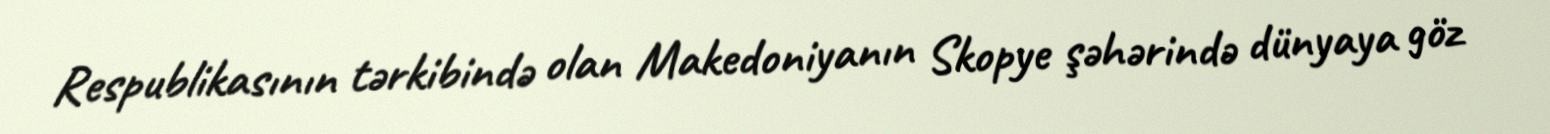
Respublikasının tərkibində olan Makedoniyanın Skopye şəhərində dünyaya göz